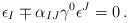
LaTeX: \begin{align*}\epsilon_{I}\mp\alpha_{IJ}\gamma^{0}\epsilon^{J}= 0\, .\end{align*}